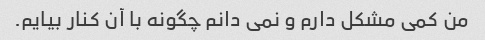
من کمی مشکل دارم و نمی دانم چگونه با آن کنار بیایم.